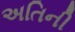
અતિની